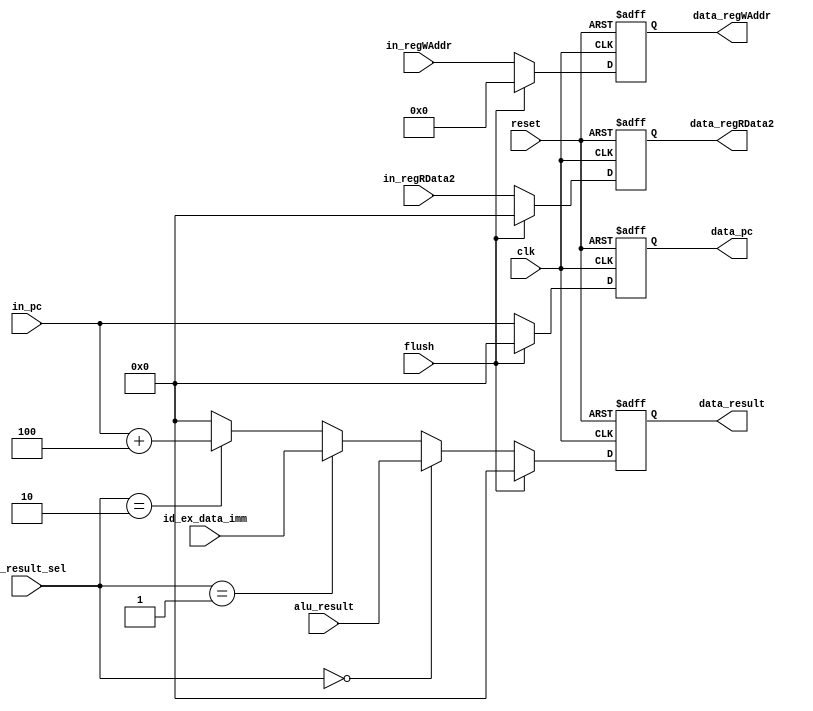

module ex_mem(
  input         clk,
  input         reset,
  input  [4:0]  in_regWAddr,    //
  input  [31:0] in_regRData2,   //
  input  [1:0]  ex_result_sel,  //
  input  [31:0] id_ex_data_imm, //
  input  [31:0] alu_result,     //ALU
  input  [31:0] in_pc,          //PC
  input         flush,          //
  output [4:0]  data_regWAddr,
  output [31:0] data_regRData2,
  output [31:0] data_result,
  output [31:0] data_pc
);

  reg [4:0] reg_regWAddr; 
  reg [31:0] reg_regRData2; 
  reg [31:0] reg_result; 
  reg [31:0] reg_pc; 

  wire [31:0] resulet_w = (ex_result_sel == 2'h0) ? alu_result :
                          (ex_result_sel == 2'h1) ? id_ex_data_imm :
                          (ex_result_sel == 2'h2) ? (in_pc + 32'h4): 32'h0;

  assign data_regWAddr = reg_regWAddr; 
  assign data_regRData2 = reg_regRData2; 
  assign data_result = reg_result; 
  assign data_pc = reg_pc; 

  always @(posedge clk or posedge reset) begin
    if (reset) begin 
      reg_regWAddr <= 5'h0; 
    end else if (flush) begin 
      reg_regWAddr <= 5'h0; 
    end else begin 
      reg_regWAddr <= in_regWAddr; 
    end
  end

  always @(posedge clk or posedge reset) begin
    if (reset) begin 
      reg_regRData2 <= 32'h0; 
    end else if (flush) begin 
      reg_regRData2 <= 32'h0; 
    end else begin 
      reg_regRData2 <= in_regRData2; 
    end
  end

  always @(posedge clk or posedge reset) begin
    if (reset) begin 
      reg_result <= 32'h0; 
    end else if (flush) begin 
      reg_result <= 32'h0; 
    end else begin 
      reg_result <= resulet_w; 
    end
  end

  always @(posedge clk or posedge reset) begin
    if (reset) begin 
      reg_pc <= 32'h0; 
    end else if (flush) begin 
      reg_pc <= 32'h0; 
    end else begin 
      reg_pc <= in_pc; 
    end
  end

endmodule